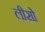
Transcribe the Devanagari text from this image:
लीसो